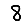
Digit: 8